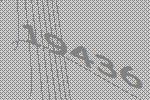
19436